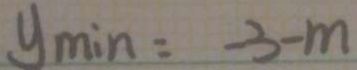
y _ { \min } = - 3 - m